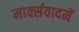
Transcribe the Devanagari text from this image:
मार्क्सवादमें